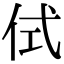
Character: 侙